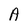
Character: A